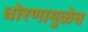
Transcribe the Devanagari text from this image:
धोरणामुळेच